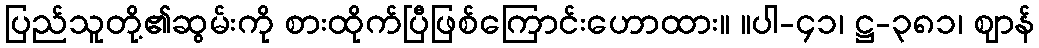
ပြည်သူတို့၏ဆွမ်းကို စားထိုက်ပြီဖြစ်ကြောင်းဟောထား။ ။ပါ-၄၁၊ ဋ္ဌ-၃၈၁၊ ဈာန်